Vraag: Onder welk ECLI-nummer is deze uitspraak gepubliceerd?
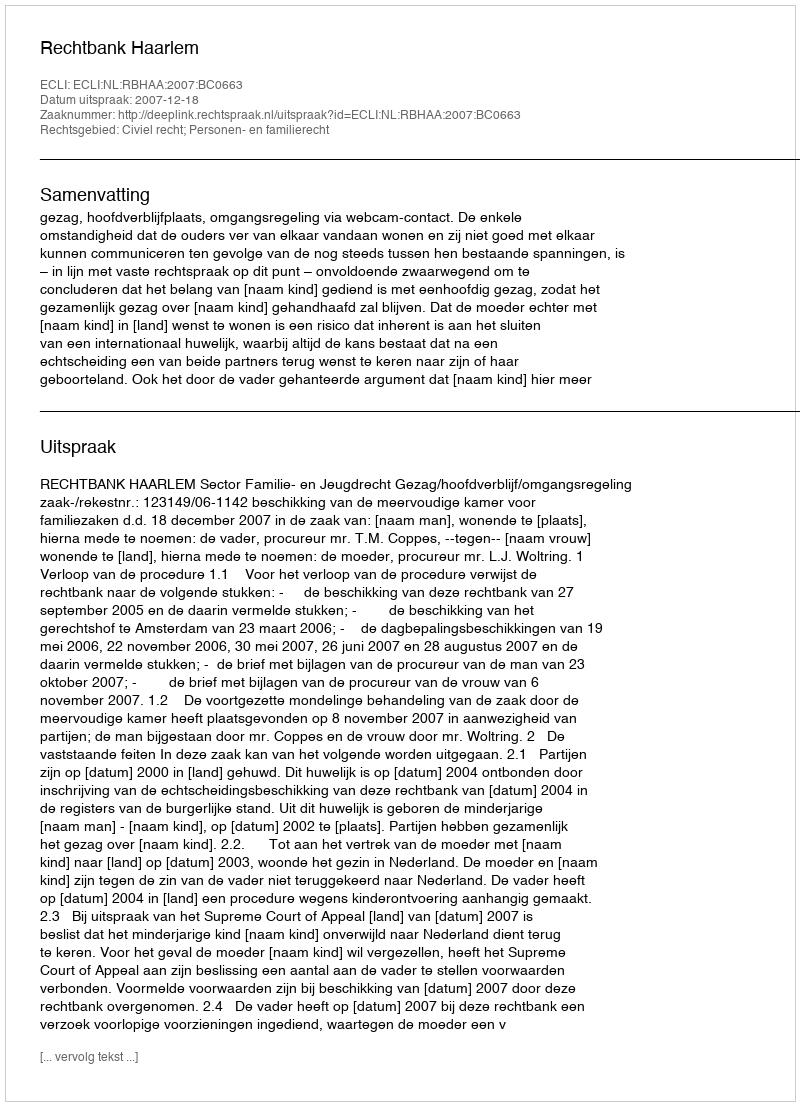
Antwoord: ECLI:NL:RBHAA:2007:BC0663